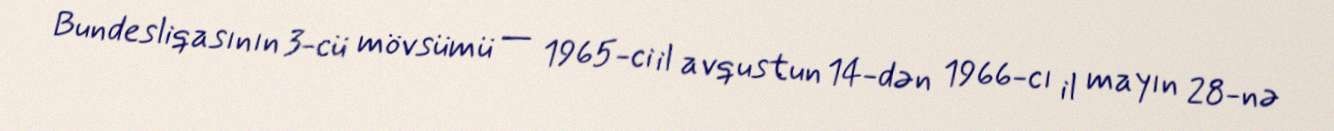
Bundesliqasının 3-cü mövsümü — 1965-ci il avqustun 14-dən 1966-cı il mayın 28-nə